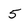
Character: 5